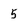
Character: 5